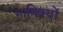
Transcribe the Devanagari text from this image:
माणिक्यों